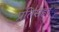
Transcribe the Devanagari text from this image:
प्रतिसंहर